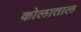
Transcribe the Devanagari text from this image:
कोलाताल